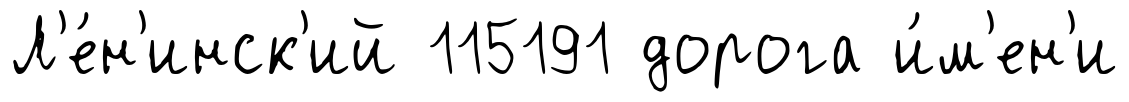
Л'е́н'инск'ий 115191 дорога и́м'ен'и